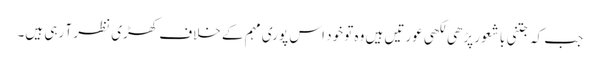
جب کہ جتنی باشعور پڑھی لکھی عورتیں ہیں وہ تو خود اس پوری مہم کے خلاف کھڑی نظر آ رہی ہیں۔